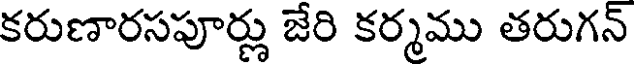
కరుణారసపూర్లు జేరి కర్మము తరుగన్